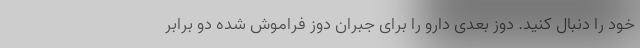
خود را دنبال کنید. دوز بعدی دارو را برای جبران دوز فراموش شده دو برابر